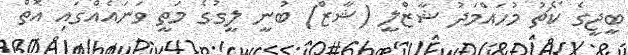
ބީޖީގެ ކޯޗު މުހައްމަދު ޝާޒްލީ (ޝާޒް) ބުނީ ލީގުގެ މަތީ ވަނައެއްގައި އޮތް